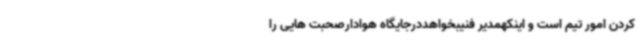
کردن امور تیم است و اینکهمدیر فنیبخواهددرجایگاه هوادارصحبت هایی را